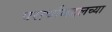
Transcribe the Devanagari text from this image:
परार्थाबद्दलच्या